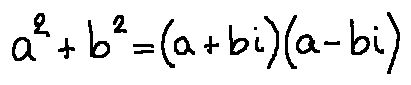
a ^ { 2 } + b ^ { 2 } = ( a + b i ) ( a - b i )